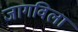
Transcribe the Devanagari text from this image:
जागविला